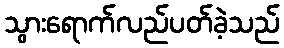
သွားရောက်လည်ပတ်ခဲ့သည်